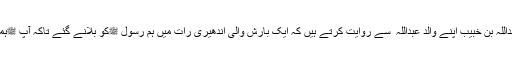
سیدنا معاذ بن عبداللہ بن خبیبؓ اپنے والد عبداللہ ؓ سے روایت کرتے ہیں کہ ایک بارش والی اندھیری رات میں ہم رسول ﷺکو بلانے گئے تاکہ آپ ﷺہمیں نماز پڑھائیں۔